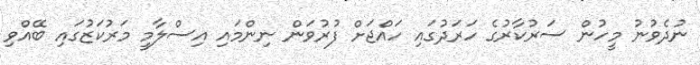
ނުދެވުނު މީހުން ސަރުކާރުގެ ހަރަދުގައި ހައްޖަށް ފުރުވަން ނިންމައި އިސްލާމީ މަރުކަޒުގައި ބޭއްވި